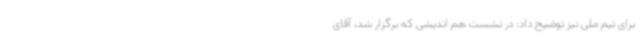
برای تیم ملی نیز توضیح داد: در نشست هم اندیشی که برگزار شد، آقای